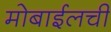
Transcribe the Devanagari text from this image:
मोबाईलची